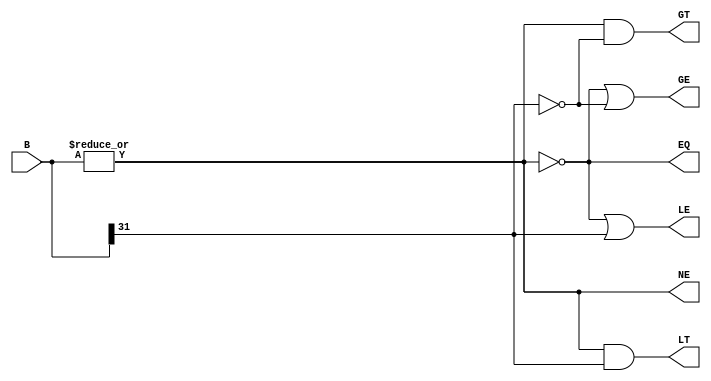
module condcodes(B,EQ,LT,GT,LE,GE,NE);

	input [31:0]B;
	
	output EQ;
	output LT;
	output GT;
	output LE;
	output GE;
	output NE;
	
	wire neg;
	wire zero;
	
	// comparing B to zero
	
	// determine neg and zero flags
	assign neg = B[31];
	assign zero = ~|B;
	
	
	// set all condition codes
	assign EQ = zero;
	assign LT = ~zero & neg;
	assign GT = ~zero & ~neg;
	assign LE = zero | neg;
	assign GE = zero | ~neg;
	assign NE = ~zero;


endmodule